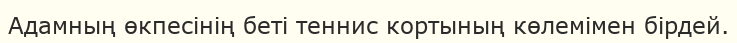
Адамның өкпесінің беті теннис кортының көлемімен бірдей.